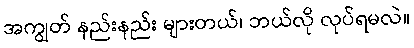
အကျွတ် နည်းနည်း များတယ်၊ ဘယ်လို လုပ်ရမလဲ။